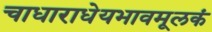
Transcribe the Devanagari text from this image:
चाधाराधेयभावमूलकं